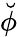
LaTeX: \breve{\phi}